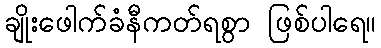
ချိုးဖေါက်ခံနီကတ်ရစွာ ဖြစ်ပါရေ။